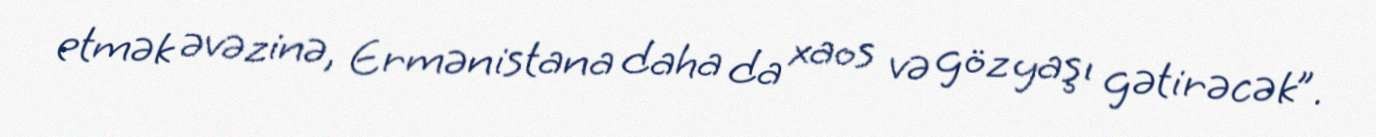
etmək əvəzinə, Ermənistana daha da xaos və göz yaşı gətirəcək”.